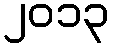
၂၀၁၃